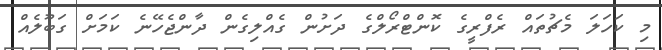
މި ކަހަލަ މެޗުތައް ރެފްރީގެ ކޮންޓްރޯލްގެ ދަށުން ގެއްލިގެން ދާންޖެހޭނެ ކަމަށް ގަބޫލެއް